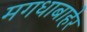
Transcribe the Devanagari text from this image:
मगधाबाहेर